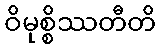
ဝိမုစ္စိဿတီတိ